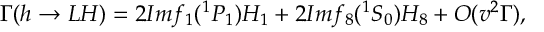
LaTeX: \Gamma ( h \rightarrow L H ) = 2 I m f _ { 1 } ( ^ { 1 } P _ { 1 } ) H _ { 1 } + 2 I m f _ { 8 } ( ^ { 1 } S _ { 0 } ) H _ { 8 } + O ( v ^ { 2 } \Gamma ) ,